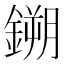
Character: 鎙